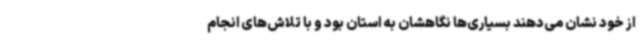
از خود نشان می‌دهند بسیاری‌ها نگاهشان به استان بود و با تلاش‌های انجام